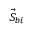
\vec { S } _ { b i }